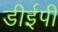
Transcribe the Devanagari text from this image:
डीईपी